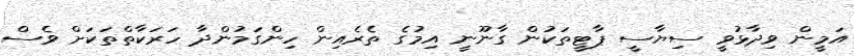
އަމީން ވިދާޅުވީ ސިޔާސީ ޕާޓީތަކުން ގާނޫނީ އިމުގެ ތެރެއިން ހިންގަމުންދާ ހަރަކާތްތަކަށް ވެސް